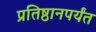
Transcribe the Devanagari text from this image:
प्रतिष्ठानपर्यंत